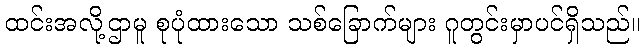
ထင်းအလို့ဌာမူ စုပုံထားသော သစ်ခြောက်များ ဂူတွင်းမှာပင်ရှိသည်။